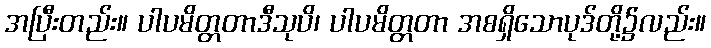
အပြီးတည်း။ ပါပမိတ္တတာဒီသုပိ၊ ပါပမိတ္တတာ အစရှိသောပုဒ်တို့၌လည်း။